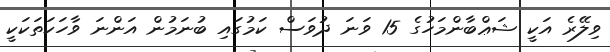
ވިލޭރެ އަކީ ޝަޢްބާންމަހުގެ 15 ވަނަ ދުވަސް ކަމުގައި ބުނަމުން އަންނަ ވާހަކަތަކަކީ